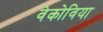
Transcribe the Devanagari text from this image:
वेकोविया